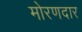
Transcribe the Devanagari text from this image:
मोरणदार